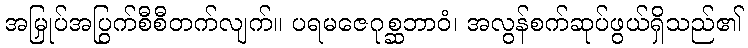
အမြှုပ်အပြွက်စီစီတက်လျက်။ ပရမဇေဂုစ္ဆဘာဝံ၊ အလွန်စက်ဆုပ်ဖွယ်ရှိသည်၏